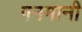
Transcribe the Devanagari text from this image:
गनमानी